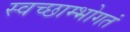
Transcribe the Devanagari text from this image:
स्वच्छाम्भोगतं